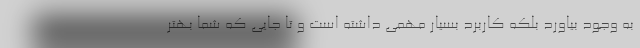
به وجود بیاورد بلکه کاربرد بسیار مهمی داشته است و تا جایی که شما بهتر